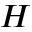
{ \cal H }